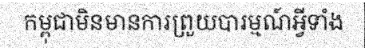
កម្ពុជាមិនមានការព្រួយបារម្មណ៍អ្វីទាំង